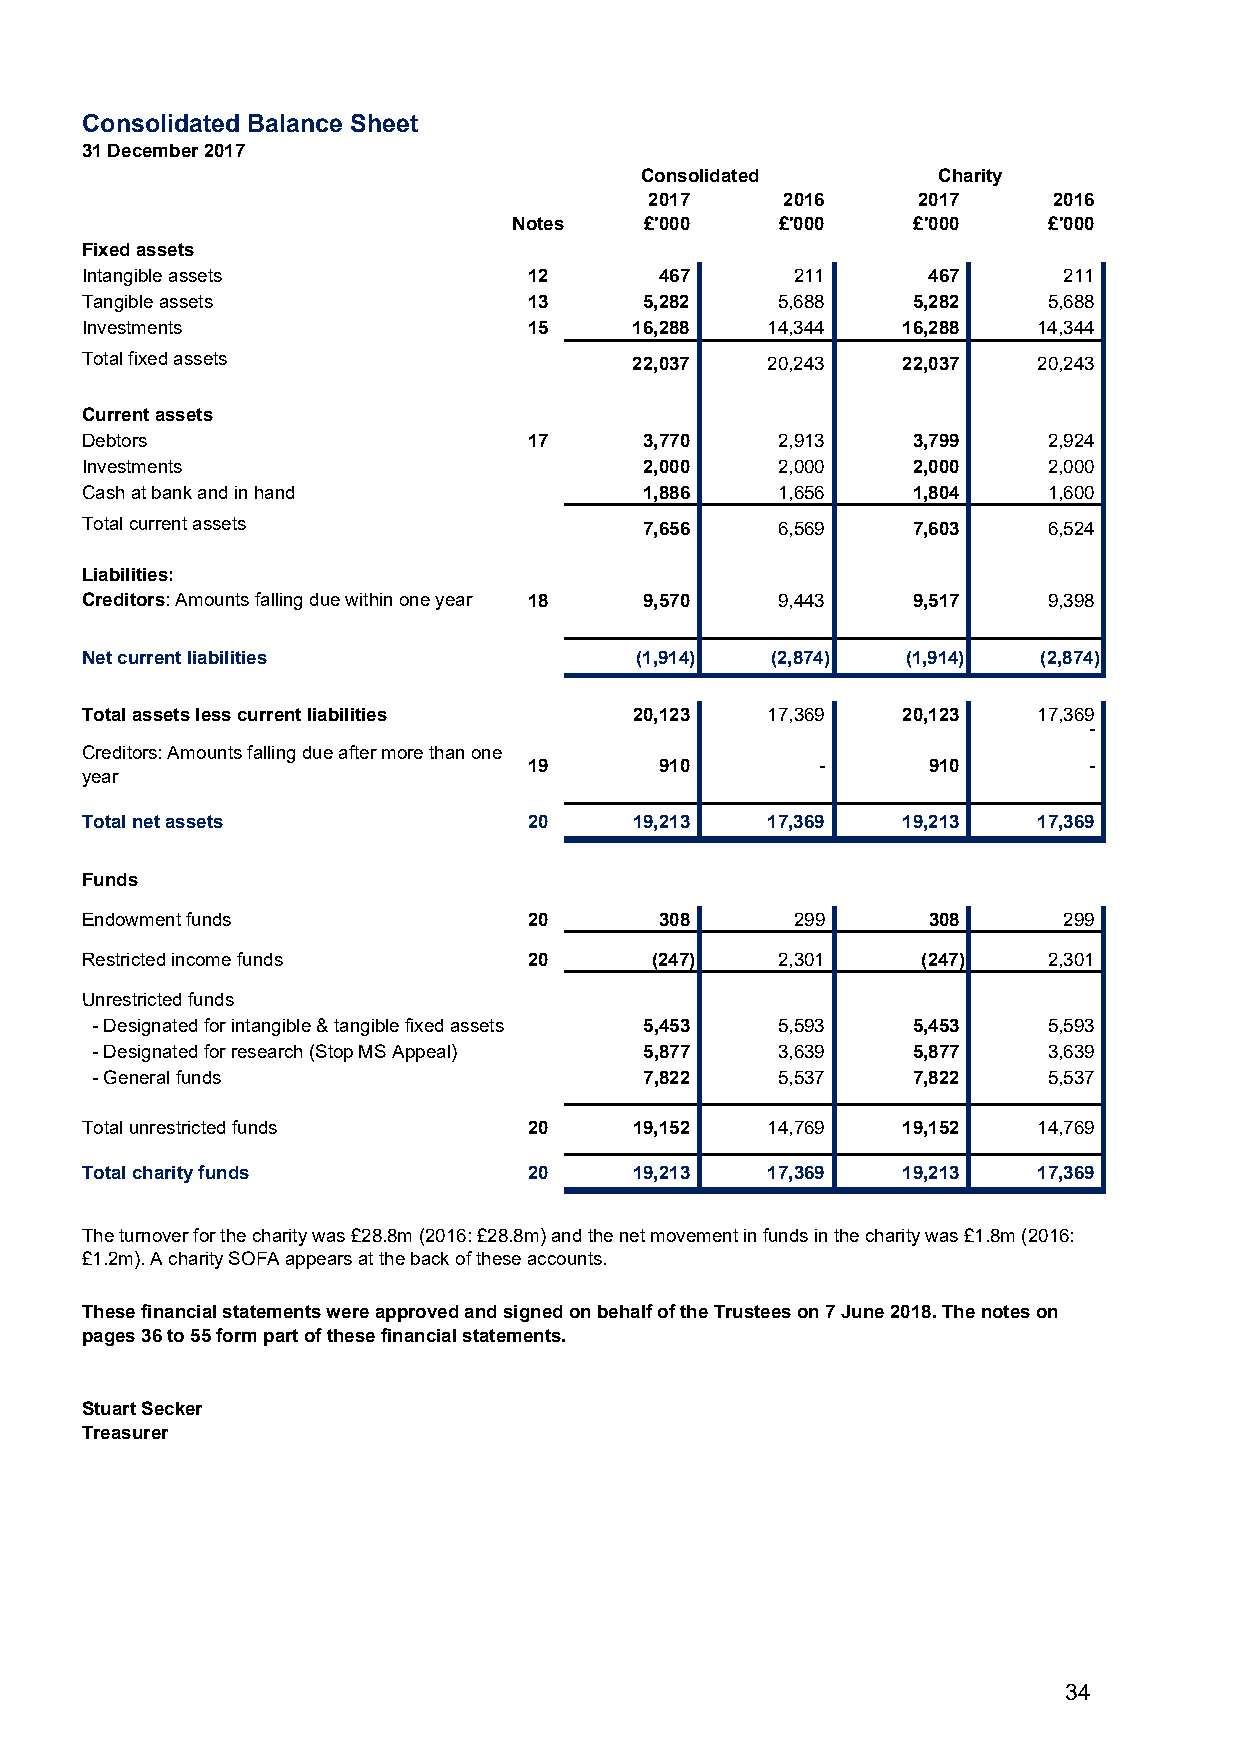
Consolidated Balance Sheet
 31 December 2017
 Consolidated        Charity
 2017     2016     2017     2016
 Notes    £'000    £'000   £'000    £'000
 Fixed assets
 Intangible assets             12       467      211     467      211
 Tangible assets               13      5,282   5,688    5,282    5,688
 Investments                   15     16,288   14,344   16,288   14,344
 Total fixed assets                   22,037   20,243   22,037   20,243
 Current assets
 Debtors                       17      3,770   2,913    3,799    2,924
 Investments                           2,000   2,000    2,000    2,000
 Cash at bank and in hand              1,886   1,656    1,804    1,600
 Total current assets                  7,656   6,569    7,603    6,524
 Liabilities:
 Creditors: Amounts falling due within one year 18 9,570 9,443 9,517 9,398
 Net current liabilities              (1,914)  (2,874)  (1,914)  (2,874)
 Total assets less current liabilities 20,123  17,369   20,123   17,369
 -
 Creditors: Amounts falling due after more than one
 19       910       -      910        -
 year
 Total net assets              20     19,213   17,369   19,213   17,369
 Funds
 Endowment funds               20       308      299     308      299
 Restricted income funds       20      (247)   2,301     (247)   2,301
 Unrestricted funds
 - Designated for intangible & tangible fixed assets 5,453 5,593 5,453 5,593
 - Designated for research (Stop MS Appeal) 5,877 3,639 5,877   3,639
 - General funds                      7,822   5,537    7,822    5,537
 Total unrestricted funds      20     19,152   14,769   19,152   14,769
 Total charity funds           20     19,213   17,369   19,213   17,369
 The turnover for the charity was £28.8m (2016: £28.8m) and the net movement in funds in the charity was £1.8m (2016:
 £1.2m). A charity SOFA appears at the back of these accounts.
 These financial statements were approved and signed on behalf of the Trustees on 7 June 2018. The notes on
 pages 36 to 55 form part of these financial statements.
 Stuart Secker
 Treasurer
 34